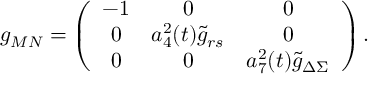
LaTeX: g _ { M N } = \left( \begin{array} { c c c } { { - 1 } } & { { 0 } } & { { 0 } } \\ { { 0 } } & { { a _ { 4 } ^ { 2 } ( t ) { \tilde { g } } _ { r s } } } & { { 0 } } \\ { { 0 } } & { { 0 } } & { { a _ { 7 } ^ { 2 } ( t ) { \tilde { g } } _ { \Delta \Sigma } } } \end{array} \right) .